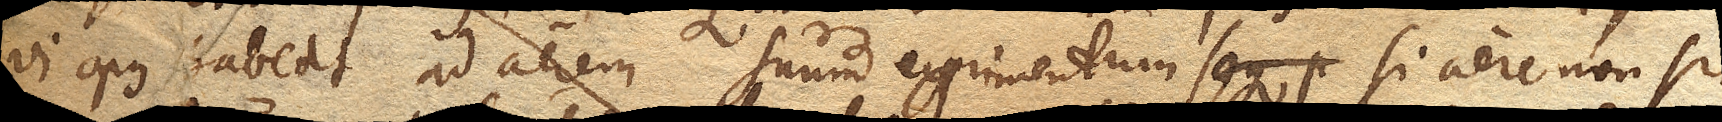
vi opus habeat ad aerem suum exprimendum si aere non sit